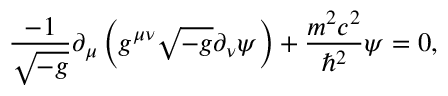
{ \frac { - 1 } { \sqrt { - g } } } \partial _ { \mu } \left( g ^ { \mu \nu } { \sqrt { - g } } \partial _ { \nu } \psi \right) + { \frac { m ^ { 2 } c ^ { 2 } } { \hbar ^ { 2 } } } \psi = 0 ,